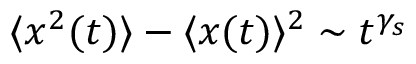
\langle x ^ { 2 } ( t ) \rangle - \langle x ( t ) \rangle ^ { 2 } \sim t ^ { \gamma _ { s } }